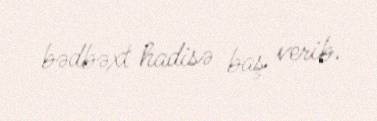
bədbəxt hadisə baş verib.